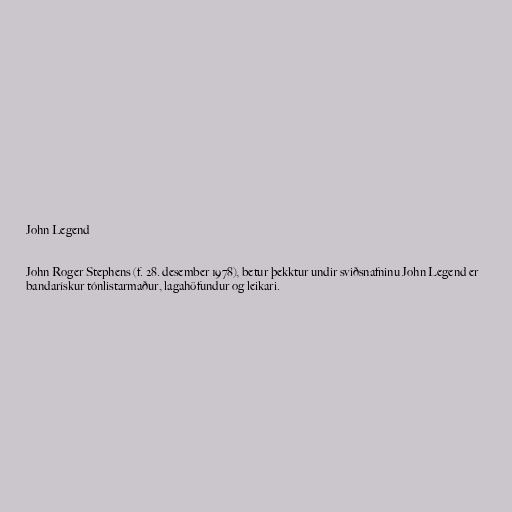
John Legend

John Roger Stephens (f. 28. desember 1978), betur þekktur undir sviðsnafninu John Legend er
bandarískur tónlistarmaður, lagahöfundur og leikari.